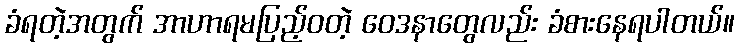
ခံရတဲ့အတွက် အာဟာရမပြည့်ဝတဲ့ ဝေဒနာတွေလည်း ခံစားနေရပါတယ်။